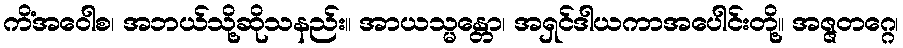
ကိံအဝေါစ၊ အဘယ်သို့ဆိုသနည်း။ အာယသ္မန္တော၊ အရှင်ဒါယကာအပေါင်းတို့။ အဇ္ဇတဂ္ဂေ၊